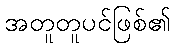
အတူတူပင်ဖြစ်၏